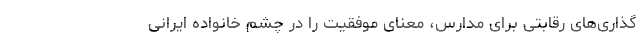
گذاری‌های رقابتی برای مدارس، معنای موفقیت را در چشم خانواده ایرانی